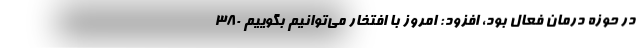
در حوزه درمان فعال بود، افزود: امروز با افتخار می‌توانیم بگوییم ۳۸۰